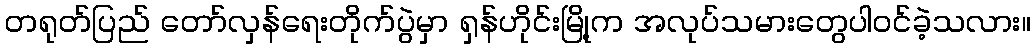
တရုတ်ပြည် တော်လှန်ရေးတိုက်ပွဲမှာ ရှန်ဟိုင်းမြို့က အလုပ်သမားတွေပါဝင်ခဲ့သလား။